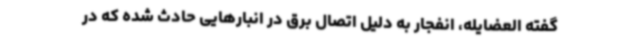
گفته العضایله، انفجار به دلیل اتصال برق در انبارهایی حادث شده که در